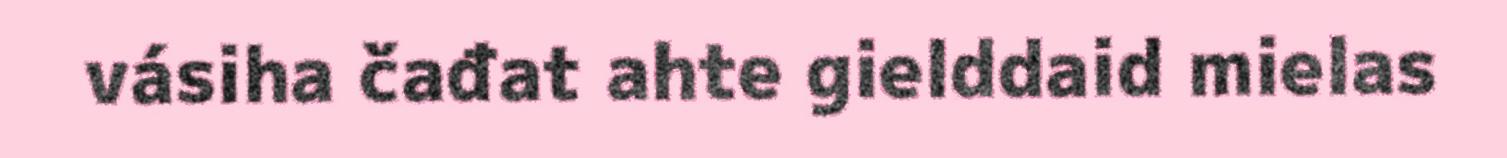
vásiha čađat ahte gielddaid mielas